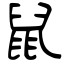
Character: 鼠